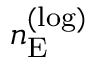
n _ { \mathrm { E } } ^ { ( \mathrm { l o g } ) }